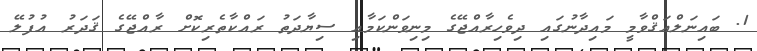
1. ބައިނަލްއަޤްވާމީ މައިދާނުގައި ދިވެހިރާއްޖޭގެ މިނިވަންކަމާއި ސިޔާދަތު ރައްކާތެރިކޮށް ރާއްޖޭގެ ޤަދަރު އުފުލޭ